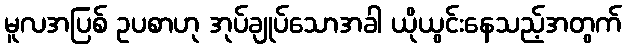
မူလအပြစ် ဥပစာဟု အုပ်ချုပ်သောအခါ ယိုယွင်းနေသည့်အတွက်